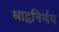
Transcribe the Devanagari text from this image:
श्राद्धनिर्णय